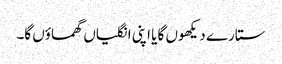
ستارے دیکھوں گا یا اپنی انگلیاں گھماؤں گا۔